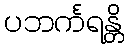
ပဘင်္ကရန္တိ